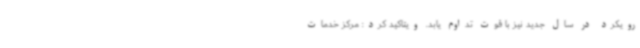
رویکرد در سال جدید نیز با قوت تداوم یابد. ویتاکید کرد: مرکز خدمات